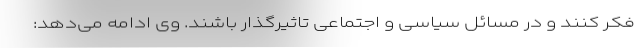
فکر کنند و در مسائل سیاسی و اجتماعی تاثیرگذار باشند. وی ادامه می‌دهد: